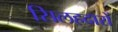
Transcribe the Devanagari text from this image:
सिलहदारों